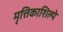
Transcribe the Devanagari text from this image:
मृत्तिकाशिल्पे